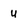
Character: u